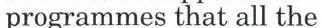
programmes that all the